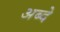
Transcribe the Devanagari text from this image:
अब्दे